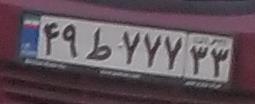
۴۹ط۷۷۷۳۳